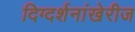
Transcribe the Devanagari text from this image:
दिग्दर्शनांखेरीज